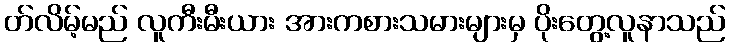
တ်လိမ့်မည် လူကီးမီးယား အားကစားသမားများမှ ပိုးတွေ့လူနာသည်